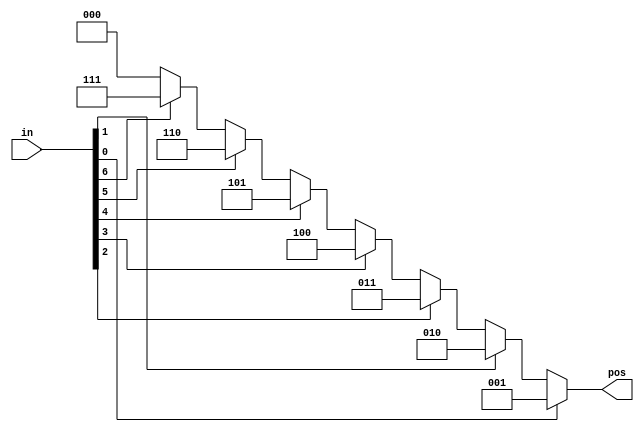
module top_module (
    input [7:0] in,
    output reg [2:0] pos 
);

always @* 
begin
  pos = 3'b000; // if no bit is high, output should be zero
  if (in[0]) pos = 3'b001;
  else if (in[1]) pos = 3'b010;
  else if (in[2]) pos = 3'b011;
  else if (in[3]) pos = 3'b100;
  else if (in[4]) pos = 3'b101;
  else if (in[5]) pos = 3'b110;
  else if (in[6]) pos = 3'b111;
  else if (in[7]) pos = 3'b1000;
end
endmodule